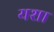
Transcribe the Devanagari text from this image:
यशा